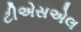
ટીએસએલ